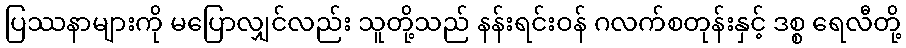
ပြဿနာများကို မပြောလျှင်လည်း သူတို့သည် နန်းရင်းဝန် ဂလက်စတုန်းနှင့် ဒစ္စ ရေလီတို့